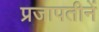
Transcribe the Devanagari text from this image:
प्रजापतीनें